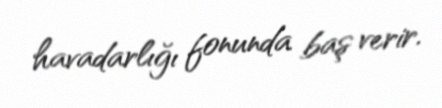
havadarlığı fonunda baş verir.